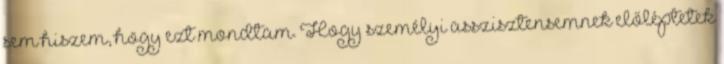
sem hiszem, hogy ezt mondtam. Hogy személyi asszisztensemnek előléptetek